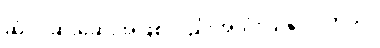
ဆံပင်ဆိုးဆေးအဖြစ်လည်းအသုံးပြုနိုင်ပါတယ်။